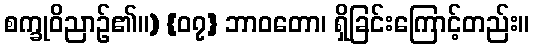
စက္ခုဝိညာဉ်၏။) {၀၇} ဘာဝတော၊ ရှိခြင်းကြောင့်တည်း။